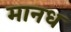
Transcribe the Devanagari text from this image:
मानध